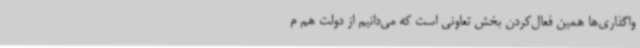
واگذاری‌ها همین فعال‌کردن بخش تعاونی است که می‌دانیم از دولت هم م